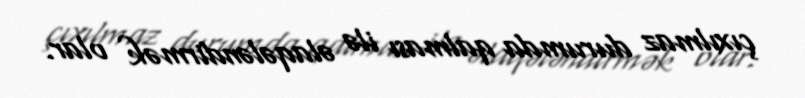
çıxılmaz durumda qalması ilə əlaqələndirmək olar.